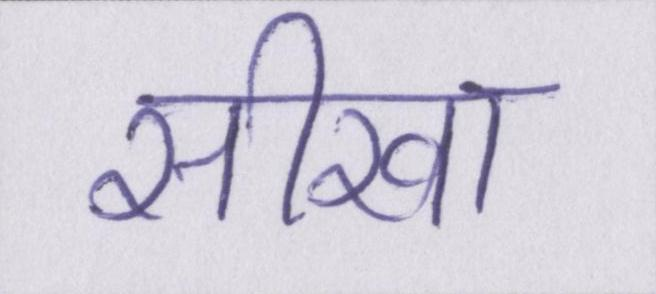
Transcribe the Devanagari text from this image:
सीखा